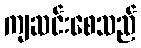
ကျဆင်းစေသည်